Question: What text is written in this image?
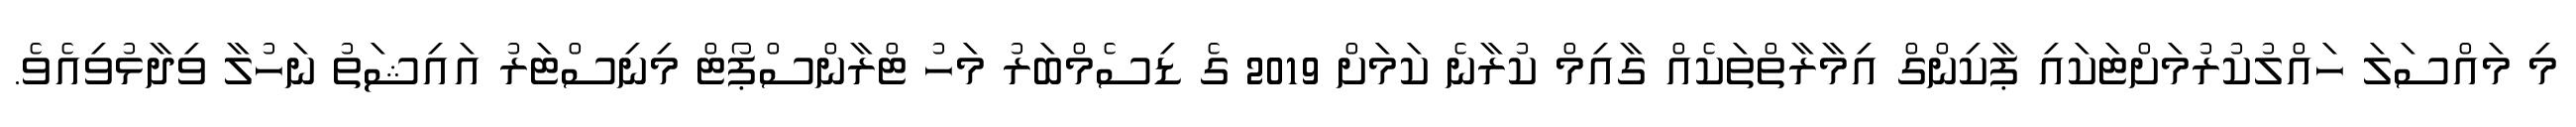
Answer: މި މައްސަލަ ހައްލުކުރުމަށްޓަކައި ޕާކިންގް އިމާރާތްތަކެއް ގާއިމް ކުރާނެ ކަމަށް 2019 ގެ ޑިސެމްބަރު މަހު ޓްރާންސްޕޯޓް މިނިސްޓަރު އައިޝަތު ނަހުލާ ވިދާޅުވިއެވެ.